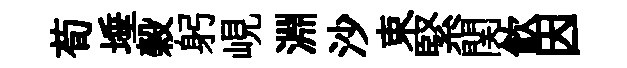
荀埵榖躬峴淵沙束緊関飮因